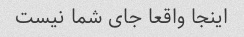
اینجا واقعا جای شما نیست